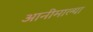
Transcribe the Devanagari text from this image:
आनीमाल्या